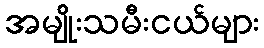
အမျိုးသမီးငယ်များ